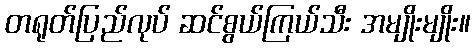
တရုတ်ပြည်လုပ် ဆင်စွယ်ကြယ်သီး အမျိုးမျိုး။